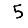
Digit: 5